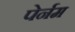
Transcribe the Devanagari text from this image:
पेर्नम